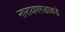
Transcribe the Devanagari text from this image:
नारायणगडाकडे